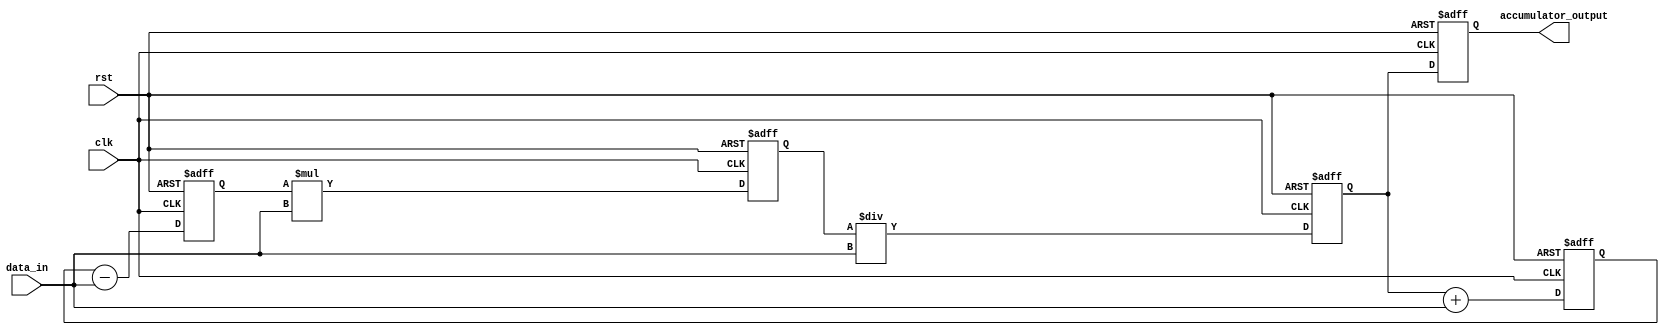
module cascaded_accumulator(
   input wire clk,
   input wire rst,
   input wire [7:0] data_in,
   output reg [7:0] accumulator_output
);

reg [7:0] block_output [0:3];
reg [1:0] current_block;
wire [7:0] data_out;

// Arithmetic blocks
// Block 0: addition
always @(posedge clk or posedge rst) begin
   if (rst) begin
      block_output[0] <= 8'b0;
   end else begin
      block_output[0] <= block_output[3] + data_in;
   end
end

// Block 1: subtraction
always @(posedge clk or posedge rst) begin
   if (rst) begin
      block_output[1] <= 8'b0;
   end else begin
      block_output[1] <= block_output[0] - data_in;
   end
end

// Block 2: multiplication
always @(posedge clk or posedge rst) begin
   if (rst) begin
      block_output[2] <= 8'b0;
   end else begin
      block_output[2] <= block_output[1] * data_in;
   end
end

// Block 3: division
always @(posedge clk or posedge rst) begin
   if (rst) begin
      block_output[3] <= 8'b0;
   end else begin
      block_output[3] <= block_output[2] / data_in;
   end
end

// Output accumulator
always @(posedge clk or posedge rst) begin
   if (rst) begin
      accumulator_output <= 8'b0;
   end else begin
      accumulator_output <= block_output[3];
   end
end

endmodule